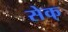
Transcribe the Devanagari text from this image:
सेक्